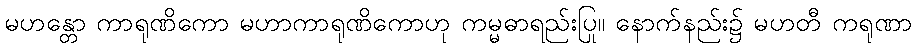
မဟန္တော ကာရုဏိကော မဟာကာရုဏိကောဟု ကမ္မဓာရည်းပြု။ နောက်နည်း၌ မဟတီ ကရုဏာ